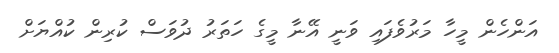
އަންހެން މީހާ މަރުވެފައި ވަނީ އޭނާ މީގެ ހަތަރު ދުވަސް ކުރިން ކުއްޔަށް